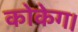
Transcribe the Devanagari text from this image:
कोकेग।